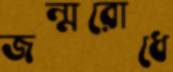
জন্মরোধে